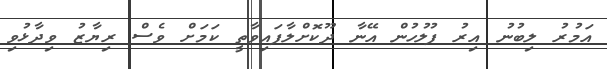
އަމުރު ލިބުނު އިރު ފުލުހުން އޭނާ ދޫކޮށްލާފައިވާތީ ކަމަށް ވެސް ރިޔާޒު ވިދާޅުވި